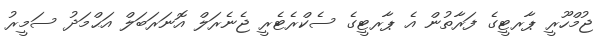
ޖުމްހޫރީ ޕާރޓީގެ ފަރާތުން އެ ޕާރޓީގެ ސެކްރެޓެރީ ޖެނެރަލް އޮނަރަބަލް އަޙްމަދު ސަމީރު